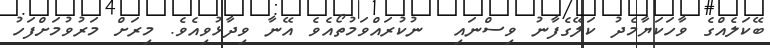
ބޭކަލެއްގެ ވާހަކަޔާމެދު ކަލޭގެފާނު ވިސްނައި  ނުކުރައްވަމުތޯއެވެ އޭނާ ވިދާޅުވިއެވެ. މިރަށް މަރުވުމަށްފަހު